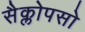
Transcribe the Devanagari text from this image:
सैक्लोपसो